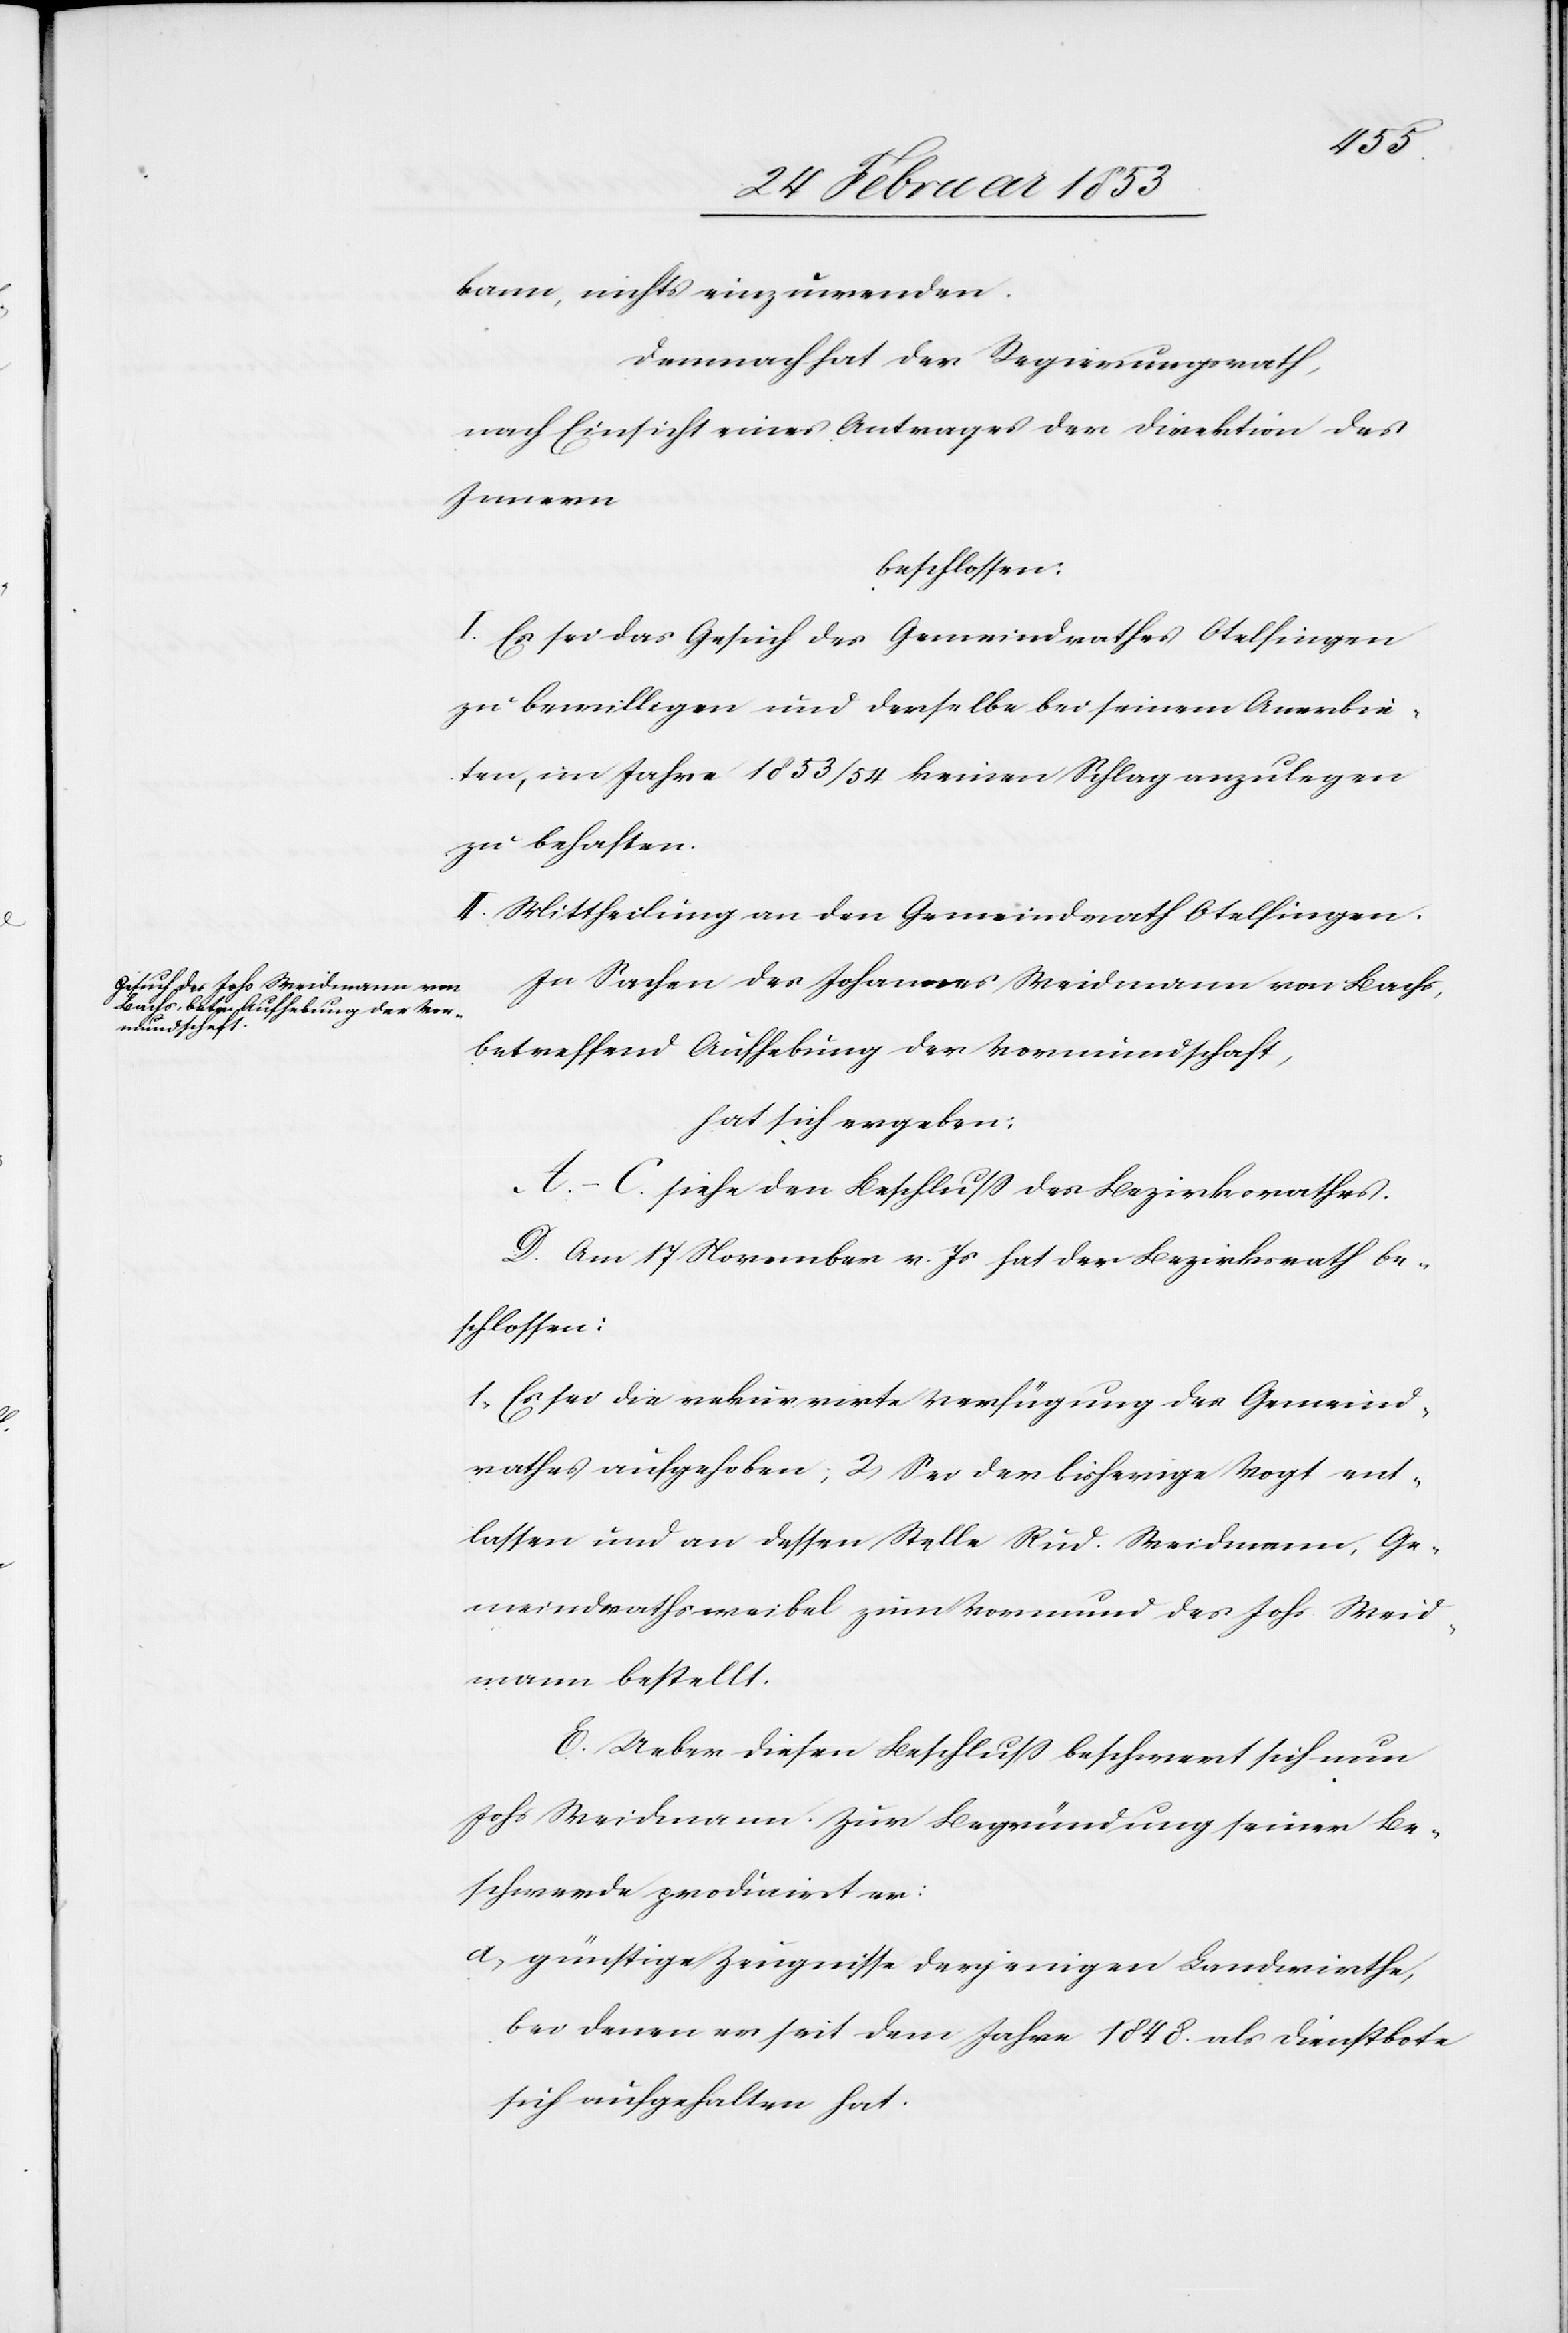
kann, nichts einzuwenden.
Demnach hat der Regierungsrath,
nach Einsicht eines Antrages der Direktion des
Innern
beschlossen:
I. Es sei das Gesuch des Gemeindrathes Otelfingen
zu bewilligen und derselbe bei seinem Anerbie¬
ten, im Jahre 1853/54 keinen Schlag anzulegen
zu behaften.
II. Mittheilung an den Gemeindrath Otelfingen.
In Sachen des Johannes Weidmann von Bachs,
betreffend Aufhebung der Vormundschaft,
hat sich ergeben:
A.–C. siehe den Beschluß des Bezirksrathes.
D. Am 17 November v. Js. hat der Bezirksrath be¬
schlossen:
1. Es sei die rekurrirte Verfügung des Gemeind¬
rathes aufgehoben; 2, Sei der bisherige Vogt ent¬
lassen und an dessen Stelle Rud. Weidmann, Ge¬
meindrathsweibel zum Vormund des Johs. Weid¬
mann bestellt.
E. Ueber diesen Beschluß beschwert sich nun
Johs. Weidmann. Zur Begründung seiner Be¬
schwerde producirt er:
a, günstige Zeugnisse derjenigen Landwirthe,
bei denen er seit dem Jahre 1848 als Dienstbote
sich aufgehalten hat.